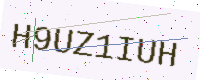
Text: H9UZ1IUH